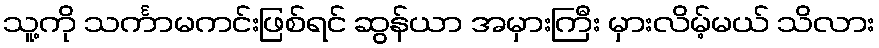
သူ့ကို သင်္ကာမကင်းဖြစ်ရင် ဆွန်ယာ အမှားကြီး မှားလိမ့်မယ် သိလား